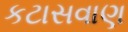
કટાસવાણ